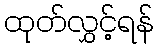
ထုတ်လွှင့်ရန်